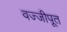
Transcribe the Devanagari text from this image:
वज्जीपूत